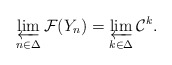
\begin{align*}\varprojlim_{n\in\Delta} \mathcal F(Y_n) = \varprojlim_{k\in\Delta} \mathcal C^k.\end{align*}